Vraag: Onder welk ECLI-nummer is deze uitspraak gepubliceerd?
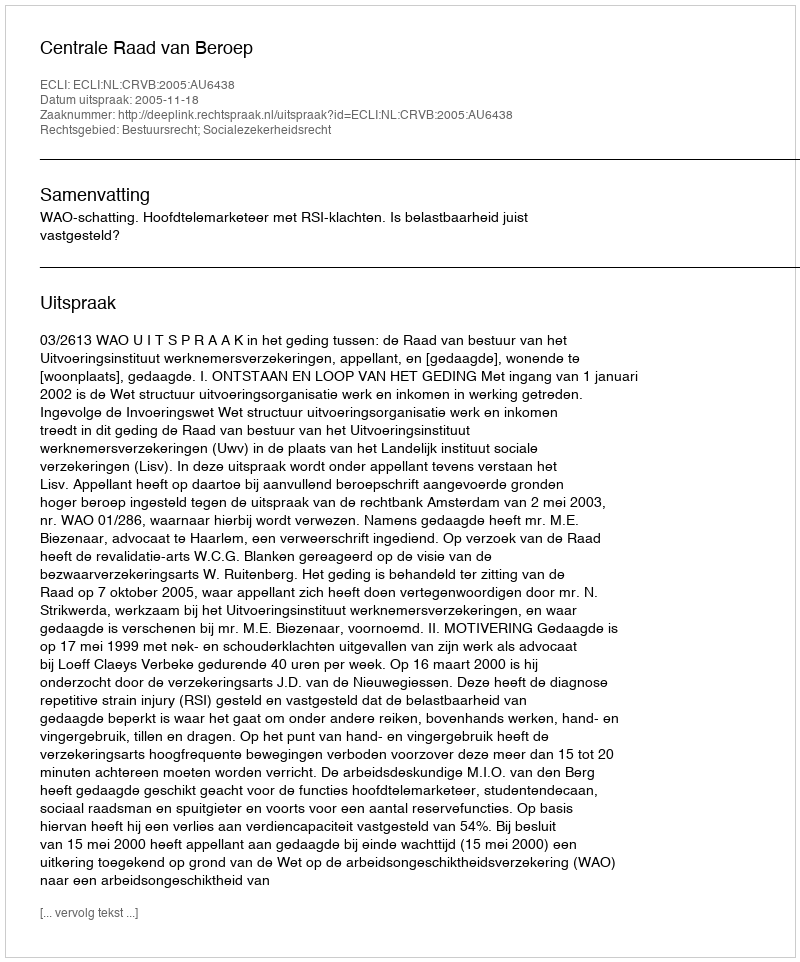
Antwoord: ECLI:NL:CRVB:2005:AU6438